Civil Veterinary Department Bihar & Orissa reports 1922-29 - 1922-1929
Year: 1922
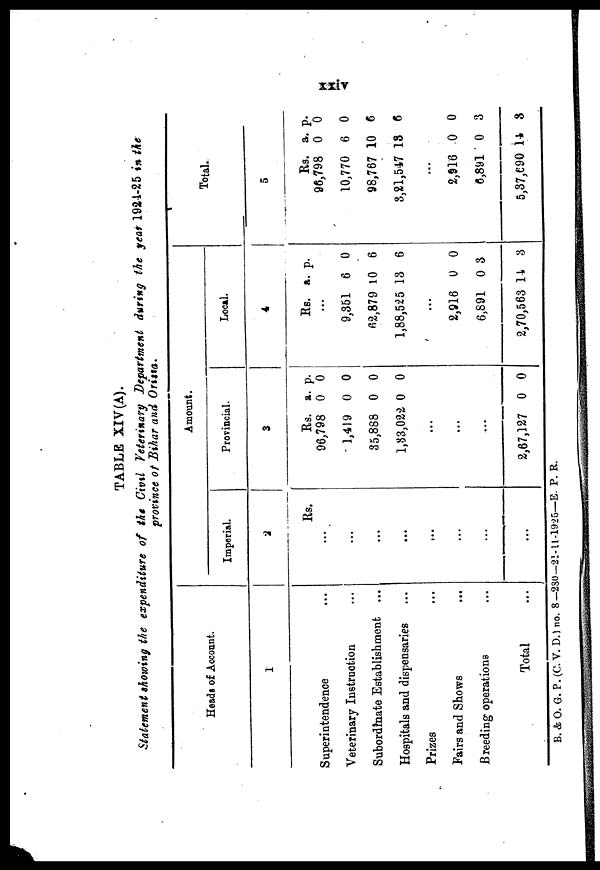
TABLE XIV (A)
Statement showing the expenditure of the Civil Veterinary Department during the year 1921-25 in the
province of Bihar and Orissa.
Heads of Account.
1
Superintendence
Veterinary Instruction
Subordinate Establishment ...
Hospitals and dispensaries
Prizes
Fairs and Shows
B reeding operations
Total
Amount.
Imperial.
2
Rs.
...
...
...
...
...
...
Provincial.
3
Rs.
96,798
1,419
35,888
1,33,022
...
...
...
2,67,127
a.
0
0
0
0
0
p.
0
0
0
0
0
Local.
4
Rs.
9,351
62,879
1,88,525
...
2,916
6,891
2,70,563 14,3
a.
6
10
13
0
0
p.
0
6
6
0
3
Total.
5
Rs.
96,798
10,770
98,767
8,21,547
...
2,916
6,891
5,37,690
a.
0
6
10
18
0
0
14
p.
0
0
6
6
0
3
3
B. & O. G. P. (C. V. D.) no. 8-280-21-U-1925—E. P. R.